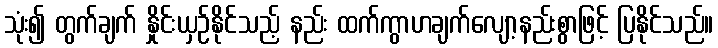
သုံး၍ တွက်ချက် နှိုင်းယှဉ်နိုင်သည့် နည်း ထက်ကွာဟချက်လျော့နည်းစွာဖြင့် ပြနိုင်သည်။